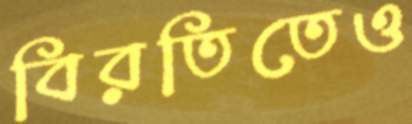
বিরতিতেও